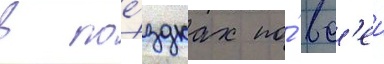
в пое́здках по́ вс'еи